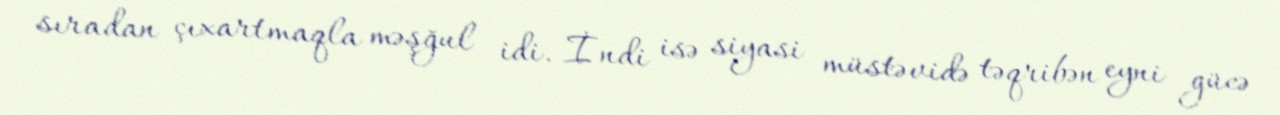
sıradan çıxartmaqla məşğul idi. İndi isə siyasi müstəvidə təqribən eyni gücə